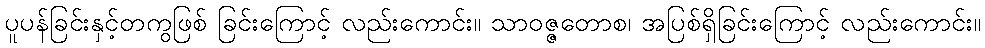
ပူပန်ခြင်းနှင့်တကွဖြစ် ခြင်းကြောင့် လည်းကောင်း။ သာဝဇ္ဇတောစ၊ အပြစ်ရှိခြင်းကြောင့် လည်းကောင်း။